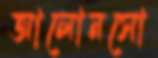
আলোনসো